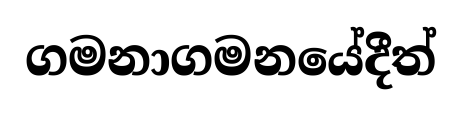
ගමනාගමනයේදීත්